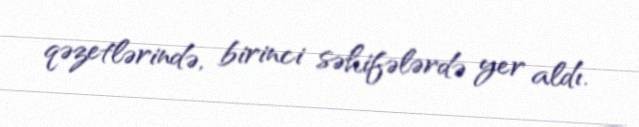
qəzetlərində, birinci səhifələrdə yer aldı.